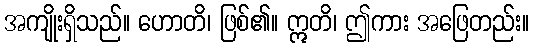
အကျိုးရှိသည်။ ဟောတိ၊ ဖြစ်၏။ ဣတိ၊ ဤကား အဖြေတည်း။